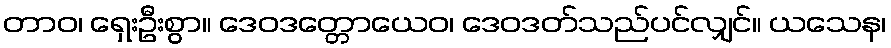
တာဝ၊ ရှေးဦးစွာ။ ဒေဝဒတ္တောယေဝ၊ ဒေဝဒတ်သည်ပင်လျှင်။ ယသေန၊